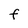
Character: F